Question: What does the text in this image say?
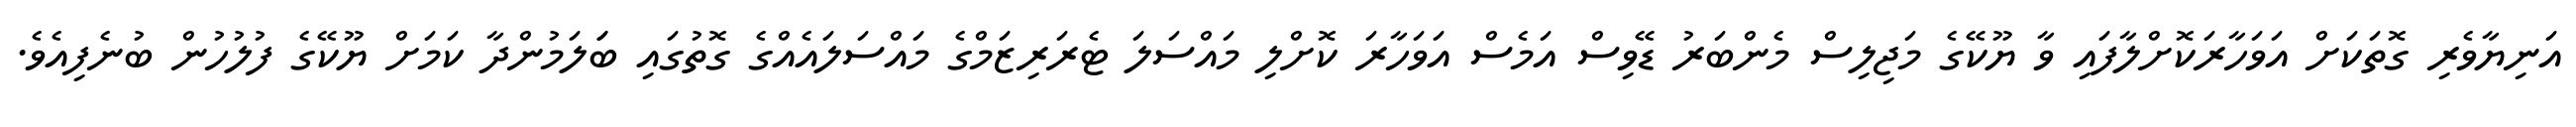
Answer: އަނިޔާވެރި ގޮތަކަށް އަވަހާރަކޮށްލާފައި ވާ ޔޫކޭގެ މަޖިލިސް މެންބަރު ޑޭވިސް އަމެސް އަވަހާރަ ކޮށްލި މައްސަލަ ޓެރަރިޒަމްގެ މައްސަލައެއްގެ ގޮތުގައި ބަަލަމުންދާ ކަމަށް ޔޫކޭގެ ފުލުހުން ބުނެފިއެވެ.